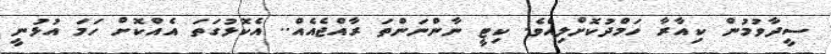
ސީދާވުމުން ކިއާރާ ހަމްދުކޮށްލިއެވެ. ކިޓީ ނާންނަންތަ ރާއްޖެއެއް.. އެކޮޅުގަތަ އެއްކޮށް ހަމަ އުޅުނީ